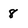
Character: 8